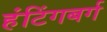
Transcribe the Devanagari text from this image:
हंटिंगबर्ग